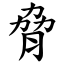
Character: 脅